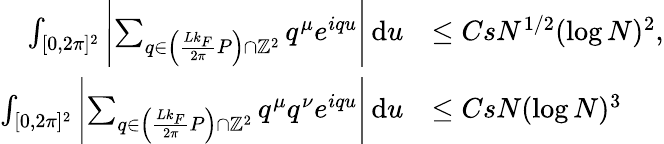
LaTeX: \begin{array}{rl}{\int_{[0,2\pi]^{2}}\left\vert\sum_{q\in\left(\frac{Lk_{F}}{2\pi}P\right)\cap\mathbb{Z}^{2}}q^{\mu}e^{iqu}\right\vert\, \textnormal{d}u}&{\leq CsN^{1/2}(\log N)^{2},}\\ {\int_{[0,2\pi]^{2}}\left\vert\sum_{q\in\left(\frac{Lk_{F}}{2\pi}P\right)\cap\mathbb{Z}^{2}}q^{\mu}q^{\nu}e^{iqu}\right\vert\, \textnormal{d}u}&{\leq CsN(\log N)^{3}}\end{array}